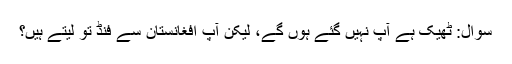
سوال: ٹھیک ہے آپ نہیں گئے ہوں گے، لیکن آپ افغانستان سے فنڈ تو لیتے ہیں؟